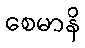
စေမာနိ